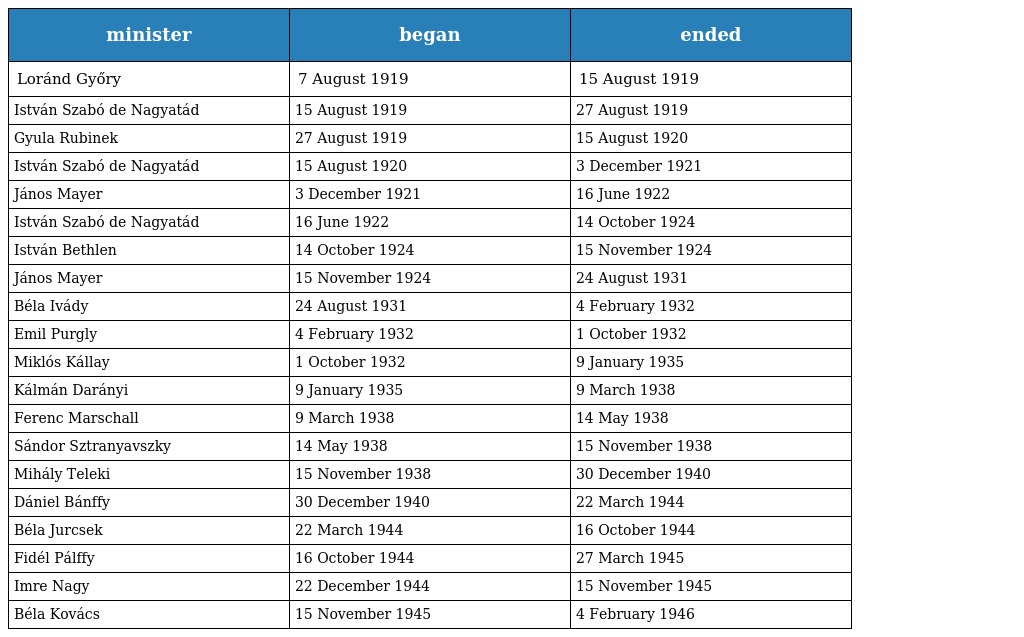
| minister | began | ended |
 | --- | --- | --- |
 | Loránd Győry | 7 August 1919 | 15 August 1919 |
 | István Szabó de Nagyatád | 15 August 1919 | 27 August 1919 |
 | Gyula Rubinek | 27 August 1919 | 15 August 1920 |
 | István Szabó de Nagyatád | 15 August 1920 | 3 December 1921 |
 | János Mayer | 3 December 1921 | 16 June 1922 |
 | István Szabó de Nagyatád | 16 June 1922 | 14 October 1924 |
 | István Bethlen | 14 October 1924 | 15 November 1924 |
 | János Mayer | 15 November 1924 | 24 August 1931 |
 | Béla Ivády | 24 August 1931 | 4 February 1932 |
 | Emil Purgly | 4 February 1932 | 1 October 1932 |
 | Miklós Kállay | 1 October 1932 | 9 January 1935 |
 | Kálmán Darányi | 9 January 1935 | 9 March 1938 |
 | Ferenc Marschall | 9 March 1938 | 14 May 1938 |
 | Sándor Sztranyavszky | 14 May 1938 | 15 November 1938 |
 | Mihály Teleki | 15 November 1938 | 30 December 1940 |
 | Dániel Bánffy | 30 December 1940 | 22 March 1944 |
 | Béla Jurcsek | 22 March 1944 | 16 October 1944 |
 | Fidél Pálffy | 16 October 1944 | 27 March 1945 |
 | Imre Nagy | 22 December 1944 | 15 November 1945 |
 | Béla Kovács | 15 November 1945 | 4 February 1946 |